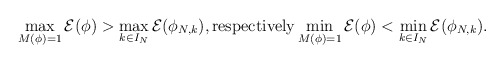
\begin{align*}\max_{M(\phi)=1} \mathcal{E}(\phi) > \max_{k\in I_N}\mathcal{E} (\phi_{N,k}), \mbox{respectively} \min_{M(\phi)=1} \mathcal{E}(\phi) < \min_{k\in I_N} \mathcal{E}(\phi_{N,k}).\end{align*}